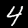
Label: 4